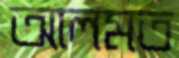
আলমত